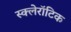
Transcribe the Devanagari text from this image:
स्क्लेरॉटिक